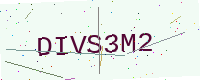
Text: DIVS3M2